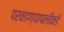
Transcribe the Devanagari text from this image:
परवडण्यापलीकडे